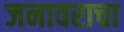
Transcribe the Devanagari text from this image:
जनावराचा